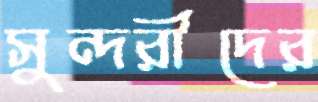
সুন্দরীদের